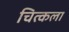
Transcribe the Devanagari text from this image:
चित्कला